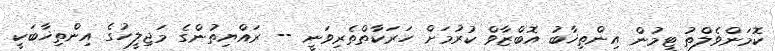
ކޮމަންވެލްތު ޓީމުން އިންތިޚާބު އޮބްޒާވް ކުރުމަށް ހަރަކާތްތެރިވަނީ -- ރައްޔިތުންގެ މަޖިލީހުގެ އިންތިޚާބަކީ